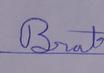
Signature authenticity: genuine